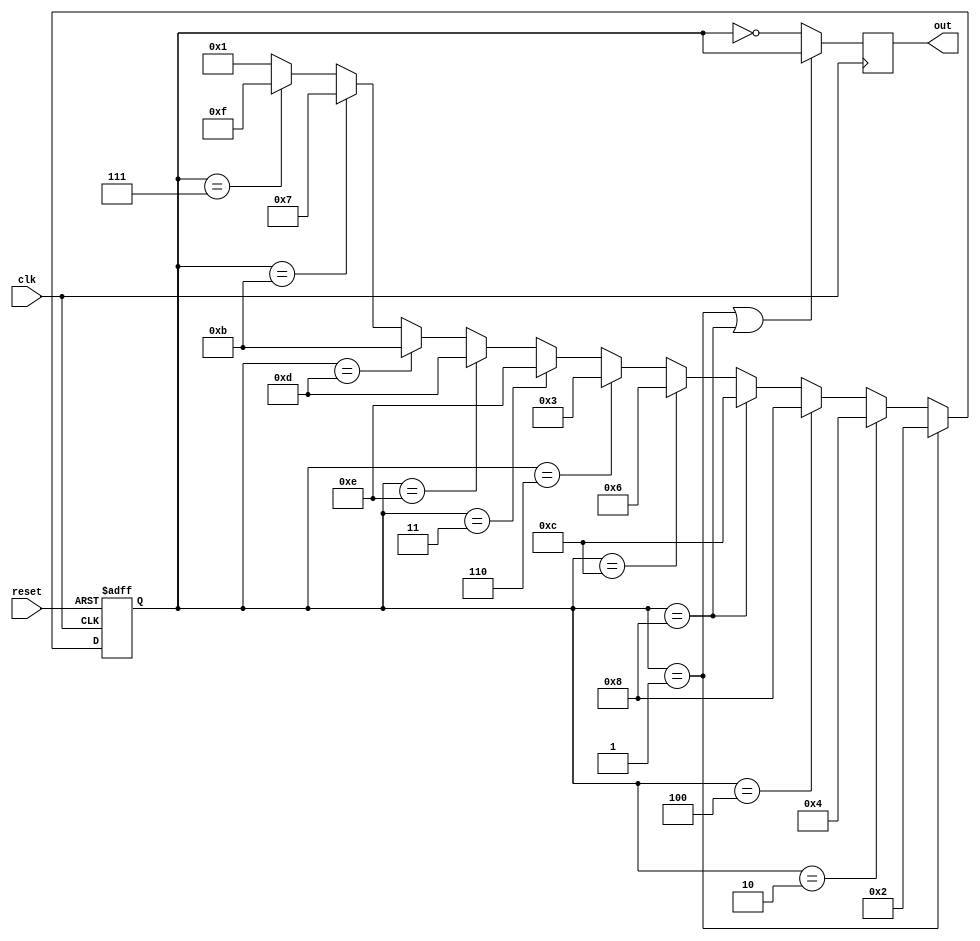
module johnson_counter (
    input wire clk,
    input wire reset,
    output reg [3:0] out
);

reg [3:0] state;

always @(posedge clk or posedge reset) begin
    if (reset) begin
        state <= 4'b0001;
    end else begin
        if (state == 4'b0001) begin
            state <= 4'b0010;
        end else if (state == 4'b0010) begin
            state <= 4'b0100;
        end else if (state == 4'b0100) begin
            state <= 4'b1000;
        end else if (state == 4'b1000) begin
            state <= 4'b1100;
        end else if (state == 4'b1100) begin
            state <= 4'b0110;
        end else if (state == 4'b0110) begin
            state <= 4'b0011;
        end else if (state == 4'b0011) begin
            state <= 4'b1110;
        end else if (state == 4'b1110) begin
            state <= 4'b1101;
        end else if (state == 4'b1101) begin
            state <= 4'b1011;
        end else if (state == 4'b1011) begin
            state <= 4'b0111;
        end else if (state == 4'b0111) begin
            state <= 4'b1111;
        end else begin
            state <= 4'b0001;
        end
    end
end

always @(posedge clk) begin
    if (state == 4'b0001 || state == 4'b1000) begin
        out <= state;
    end else begin
        out <= ~state;
    end
end

endmodule